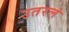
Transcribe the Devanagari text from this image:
उतरलं